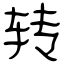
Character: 转